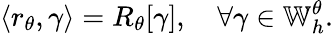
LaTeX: \left\langle r_{\theta},\gamma\right\rangle=R_{\theta}[\gamma],\quad\forall\gamma\in\mathbb{W}_{h}^{\theta}.